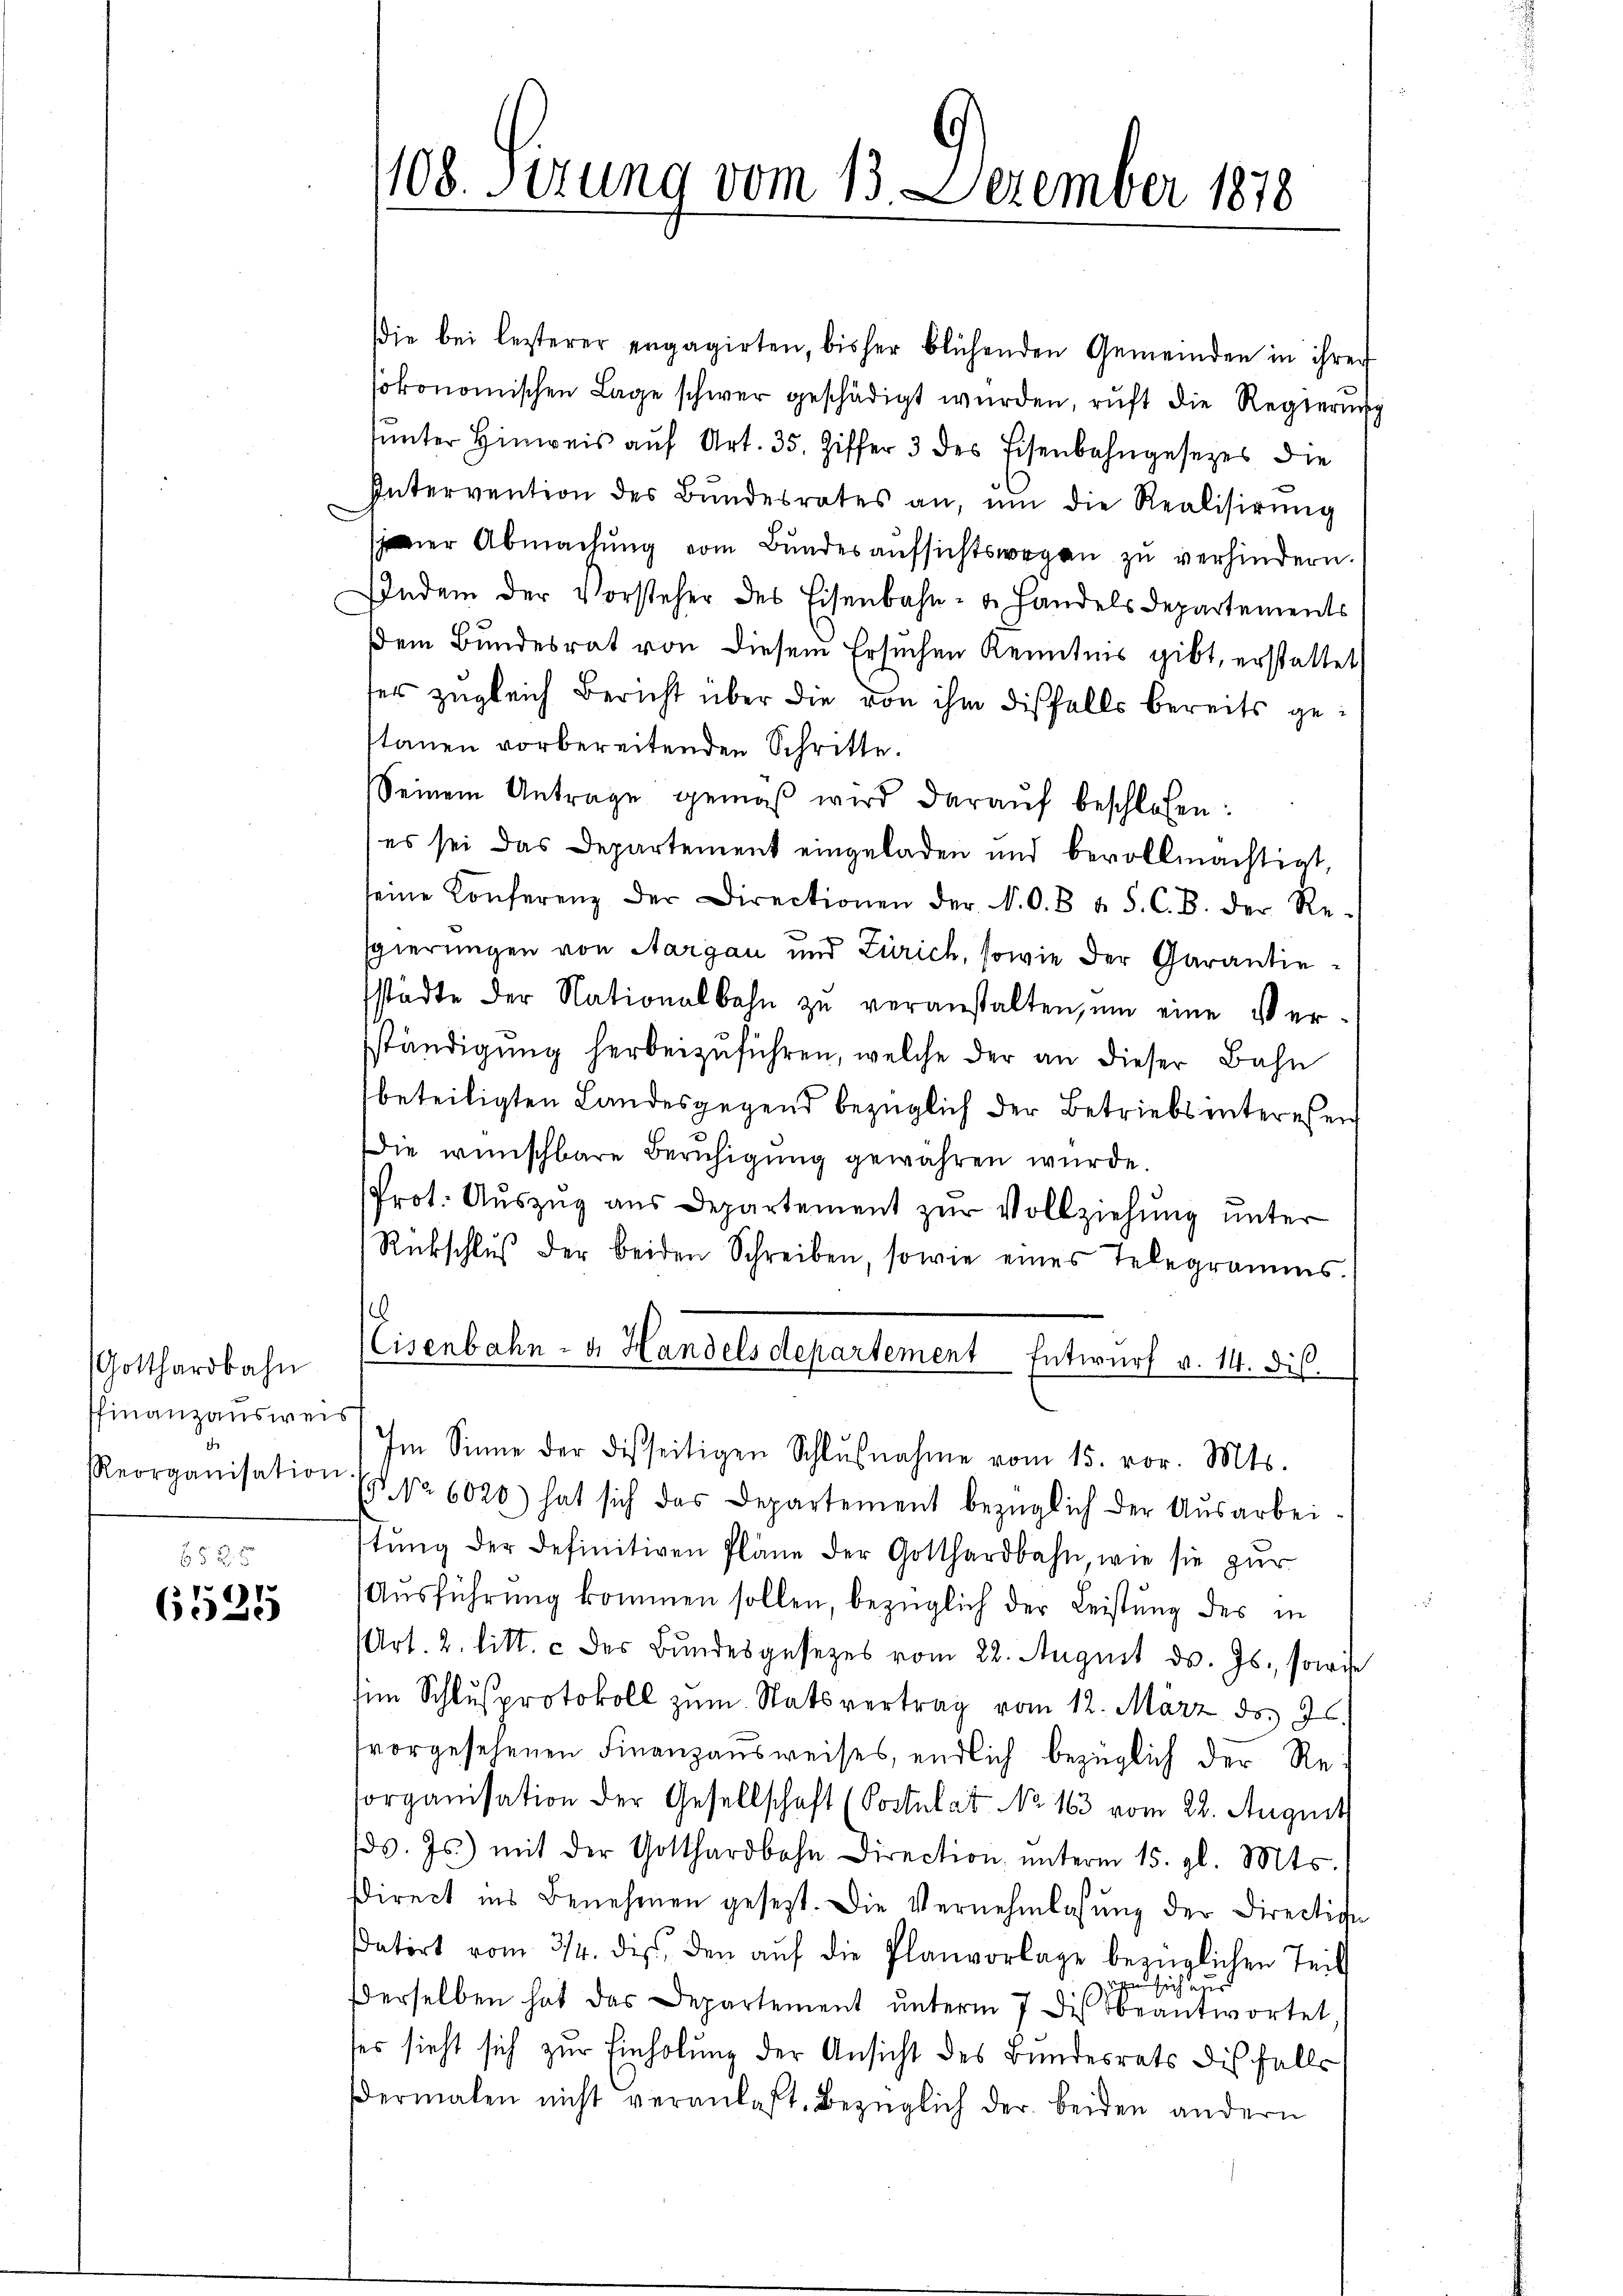
Gotthardbahn
ffinanzausweis
RReorganisation

652 x
6535

108. Sizung vom 13. Dezember 1878

sie bei lezterer engagirten, bisher blühenden Gemeinden in ihrer
sökonomischen Lage schwer geschädigt wurden, ruft die Regierung
tunter Hinweis auf Art. 35. Ziffer 3 des Eisenbahngesetzes die
Intervention des Bŭndesrates an, ŭm die Realisirŭng
er Abmachung vom Bundesaufsichtswegen zu verhindern.
Indem der Vorsteher des Eisenbahn- u. Handels Departements
dem Bundesrat von diesem Ersuchen Kenntnis gibt, erstattet
ser zugleich Bericht über die von ihm diesfalls bereits getauen vorbereitenden Schritte.
Seinem Antrage gemäβ wird daraŭf beschlossen:
es sei das Departement eingeladen und bevollmächtigt,
seine Konferenz der Directionen der N. O. B. b S. C. B. der Re-
sgierungen von Aargau und Zürich, sowie der Garantiesstädte der Nationalbahn zu veranstalten, um eine Verständigung herbeizuführen, welche der an dieser Bahn
beteiligten Landesgegend bezüglich der Betriebsinteressen
Die wünschbare Beruhigung gewähren wurde.
Prot. Auszug aus Departement zur Vollziehung unter
Rückschlŭβ der beiden Schreiben, sowie eines Telegramms.
.
Cisenbahn- u. Handelsdepartement Entwurf v. 14. dis.
Im Sinne der diesseitigen Schlŭβnahme vom 15. vor. Mts.
9 No 6020) hat sich das Departement bezüglich der Ausarbei-
stung der definitiven Pläne der Gotthardbahn, wie sie zur
Aŭsführŭng kommen sollen, bezüglich der Leistung des in
Art. 2. litt. c des Bundesgesetzes vom 22. August ds. Js., sowie
im Schlußprotokoll zum Statsvertrag vom 12. März d. 7.
vorgesehenen Finanzausweises, endlich bezüglich der Reorganisation der Gesellschaft (Postulat No 163 vom 22. August
/d. Js. mit der Gotthardbahn Direction ŭnterm 15. gl. Mts.
Direct ins Benehmen gesetzt. Die Vernehmlassŭng der Direction
sdatirt vom 3/4. di den aŭf die Planvorlage bezüglichen Teil
aufsich
derselben hat das Departement ŭnterm 7. di beantwortet
ses sieht sich zur Einholung der Ansicht des Bundesrats die falls
dermalen nicht veranlaßt. Bezüglich der beiden andern